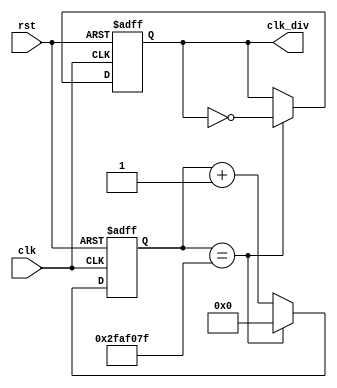
`timescale 1ns / 1ps
//////////////////////////////////////////////////////////////////////////////////
// Company: 
// Engineer: 
// 
// Design Name: 
// Module Name: clock_divider
// Project Name: 
// Target Devices: 
// Tool Versions: 
// Description: 
// 
// Dependencies: 
// 
// Revision:
// Revision 0.01 - File Created
// Additional Comments:
// 
//////////////////////////////////////////////////////////////////////////////////


module clock_divider(
    input clk,
    input rst,
    output reg clk_div
    );
    
    // Parameter for base frequency
    parameter FREQ = 50000000; 
    
    // Counter variable
    reg [25:0] count;
    
    // Clock divider logic
    always @ (posedge clk or posedge rst) 
    begin
        if (rst)
        begin
            count <= 0;
            clk_div <= 0;
        end
        else
        begin
            count <= count + 1;
            if (count == FREQ - 1)
            begin
                count <= 0;
                clk_div <= ~clk_div;
            end
        end
    end
endmodule